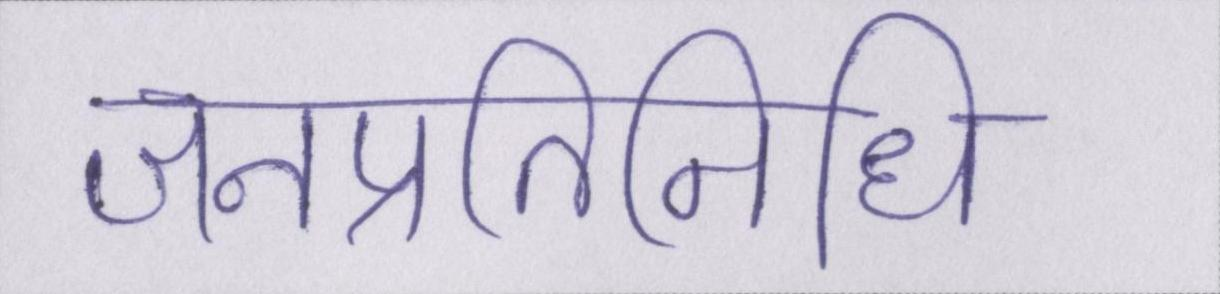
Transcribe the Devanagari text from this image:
जनप्रतिनिधि